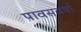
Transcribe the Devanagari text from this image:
पावसवर्षा